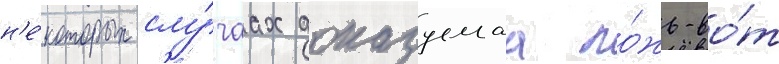
н'е́которых слу́чаах доказуемаа ло́жь-во́т